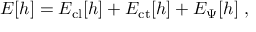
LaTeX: { \cal E } [ h ] = { \cal E } _ { \mathrm { c l } } [ h ] + { \cal E } _ { \mathrm { c t } } [ h ] + { \cal E } _ { \Psi } [ h ] \ ,